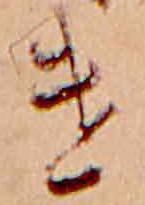
け